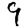
Digit: 9